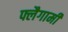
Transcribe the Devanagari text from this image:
फ्लैगामी